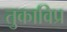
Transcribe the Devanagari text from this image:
तुकाविप्र